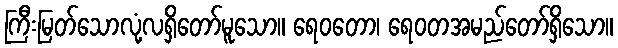
ကြီးမြတ်သောလုံ့လရှိတော်မူသော။ ရေဝတော၊ ရေဝတအမည်တော်ရှိသော။